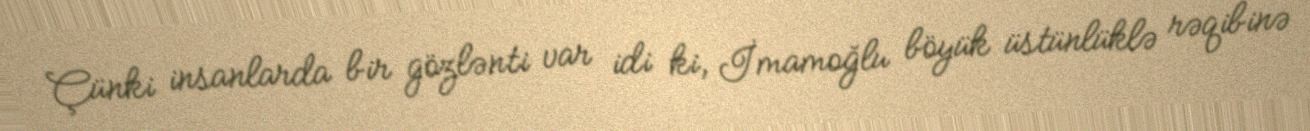
Çünki insanlarda bir gözlənti var idi ki, İmamoğlu böyük üstünlüklə rəqibinə